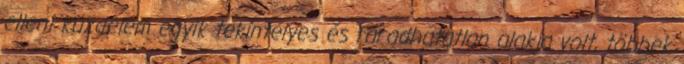
elleni küzdelem egyik tekintélyes és fáradhatatlan alakja volt, többek